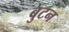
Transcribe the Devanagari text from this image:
बुटन